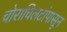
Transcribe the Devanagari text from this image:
चोराचिलटांपासून